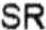
SR